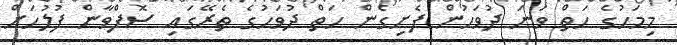
މިމަހުގެ ހަތް ވަނަ ދުވަހުން ފެށިގެން ހަތް ދުވަހުގެ ތެރޭގައި ސޮފްވާން ފުލުހަށް